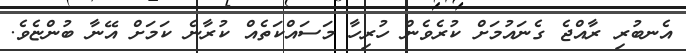
އެނބުރި ރާއްޖެ ގެނައުމަށް ކުރެވެން ހުރިހާ މަސައްކަތެއް ކުރާނެ ކަމަށް އޭނާ ބުންޏެވެ.